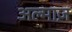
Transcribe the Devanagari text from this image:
अल्माज़